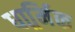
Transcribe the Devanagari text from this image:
धार्र्मिक